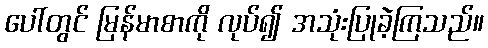
ပေါ်တွင် မြန်မာစာကို လုပ်၍ အသုံးပြုခဲ့ကြသည်။